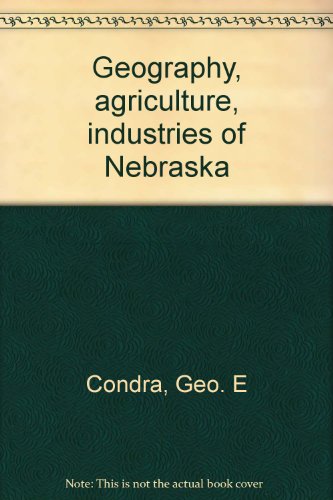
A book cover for Geography, agriculture, industries of Nebraska; Geo. E Condra; Travel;